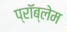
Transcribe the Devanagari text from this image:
प्राॅब्लेम